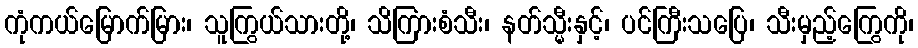
ကုံကယ်မြောက်မြား၊ သူကြွယ်သားတို့၊ သိကြားစံသီး၊ နတ်သ္မီးနှင့်၊ ပင်ကြီးသပြေ၊ သီးမှည့်ကြွေကို၊